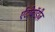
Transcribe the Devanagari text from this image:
ऐंटीबॉडीज़